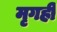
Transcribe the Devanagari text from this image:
मृगही